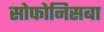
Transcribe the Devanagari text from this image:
सोफोनिसबा